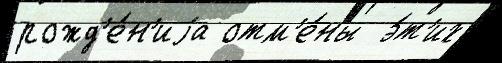
рожд'е́н'иjа отм'е́ны  э́т'их